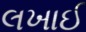
લખાઈ